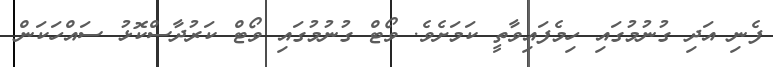
ފެނި އަދި ގުނުމުގައި ހިމެފައިވާތީ ކަމަށެވެ. ވޯޓް ގުނުމުގައި ވޯޓް ކަރުދާސްކޮޅު ސައްހަކަން